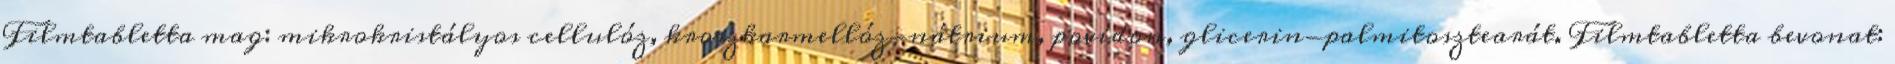
Filmtabletta mag: mikrokristályos cellulóz, kroszkarmellóz-nátrium, povidon, glicerin-palmitosztearát. Filmtabletta bevonat: